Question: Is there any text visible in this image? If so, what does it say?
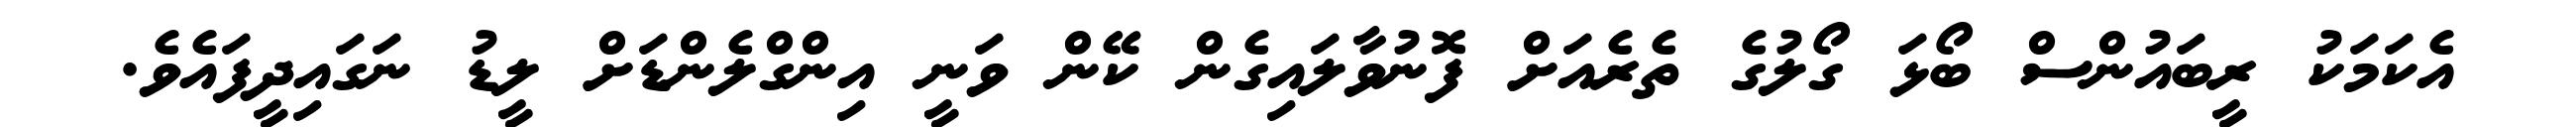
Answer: އެކަމަކު ރީބައުންސް ބޯޅަ ގޯލުގެ ތެރެއަށް ފޮނުވާލައިގެން ކޭން ވަނީ އިންގްލެންޑަށް ލީޑު ނަގައިދީފައެވެ.